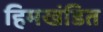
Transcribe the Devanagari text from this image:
हिमखंडित